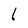
Character: 1